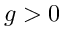
g > 0